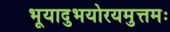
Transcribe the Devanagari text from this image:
भूयादुभयोरयमुत्तमः